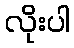
လိုးပါ